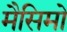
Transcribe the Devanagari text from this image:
मैसिमो